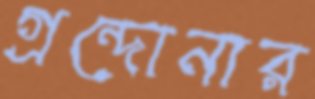
গ্রন্দোনার